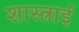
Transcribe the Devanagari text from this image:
शास्त्राई